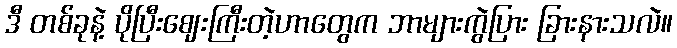
ဒီ တစ်ခုနဲ့ ပိုပြီးဈေးကြီးတဲ့ဟာတွေက ဘာများကွဲပြား ခြားနားသလဲ။